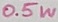
Text: 0.5W